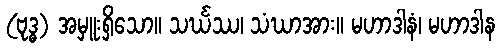
(ဗုဒ္ဓ) အမှူးရှိသော။ သင်္ဃဿ၊ သံဃာအား။ မဟာဒါနံ၊ မဟာဒါန